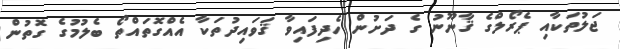
ޖަލުތަކާއި ޕެރޯލްގެ ޤާނޫނު ގެ ދަށުން ހެދިފައިވާ ޤަވައިދުތަކާ އެއްގޮތައްތޯ ބެލުމުގެ ގޮތުން